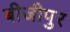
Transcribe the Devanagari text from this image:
बीजीपुर